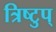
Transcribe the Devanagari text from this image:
त्रिष्टुप्‌